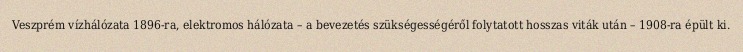
Veszprém vízhálózata 1896-ra, elektromos hálózata – a bevezetés szükségességéről folytatott hosszas viták után – 1908-ra épült ki.